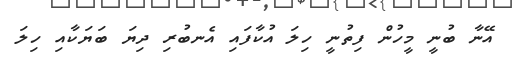
އޭނާ ބުނީ މީހުން ފިތުނީ ހިލަ އުކާފައި އެނބުރި ދިޔަ ބަޔަކާއި ހިލަ